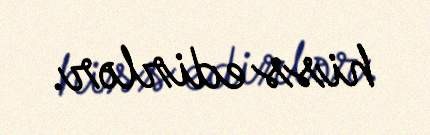
hiss edirlər.